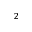
^ 2